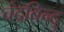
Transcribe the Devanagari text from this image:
चंद्रबिन्दु